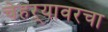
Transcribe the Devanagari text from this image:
चेहऱ्यावरचा